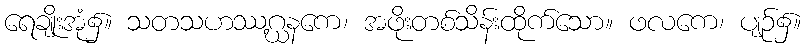
ရေချိုးအုံ၌။ သတသဟဿဂ္ဃနကေ၊ အဖိုးတစ်သိန်းထိုက်သော။ ဖလကေ၊ ပျဉ်၌။